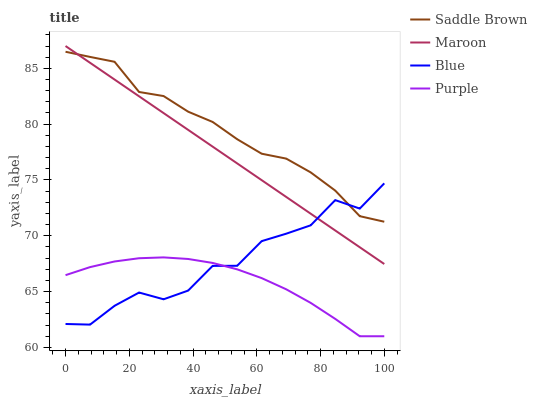
| xaxis_label | Saddle Brown | Maroon | Blue | Purple |
 | --- | --- | --- | --- | --- |
 | 0 | 86.5 | 87 | 62.1 | 66.5 |
 | 7.69 | 86 | 85.5 | 62 | 67.2 |
 | 15.4 | 85.6 | 84 | 63.7 | 67.7 |
 | 23.1 | 82.9 | 82.5 | 64.9 | 68 |
 | 30.8 | 82.5 | 81 | 64.3 | 68.1 |
 | 38.5 | 81.1 | 79.5 | 65.1 | 67.9 |
 | 46.2 | 80.2 | 78 | 67.3 | 67.6 |
 | 53.8 | 78.7 | 76.5 | 67.3 | 67 |
 | 61.5 | 77.4 | 75 | 69.5 | 66.2 |
 | 69.2 | 76.9 | 73.5 | 70.2 | 65.2 |
 | 76.9 | 75.7 | 72 | 70.9 | 64 |
 | 84.6 | 74 | 70.5 | 73.2 | 62.6 |
 | 92.3 | 71.8 | 69 | 72.4 | 61 |
 | 100 | 71.3 | 67.5 | 74.7 | 61 |